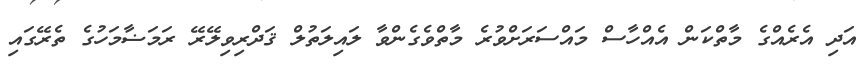
އަދި އެރެއްގެ މާތްކަން އެއްހާސް މައްސަރަށްވުރެ މާތްވެގެންވާ ލައިލަތުލް ޤަދްރިވިލޭރޭ ރަމަޟާމަހުގެ ތެރޭގައި